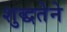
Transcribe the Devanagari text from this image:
शुद्धतेने